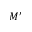
M ^ { \prime }